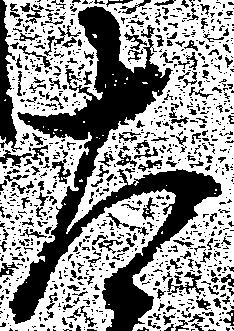
大